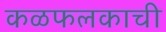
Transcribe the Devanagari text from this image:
कळफलकाची